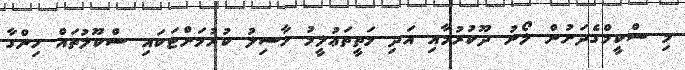
މި ސްކީމްގެދަށުން ލޯނު ދޫކުރުމާއި އަދި މަތީތަޢުލީމު ހާސިލު ކުރުމަށްޓަކައި ސްކޫލުތައް ހިންގާ